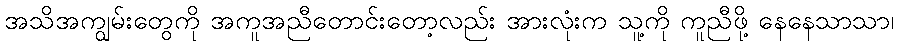
အသိအကျွမ်းတွေကို အကူအညီတောင်းတော့လည်း အားလုံးက သူ့ကို ကူညီဖို့ နေနေသာသာ၊